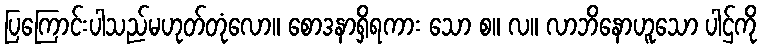
ပြကြောင်းပါသည်မဟုတ်တုံလော။ စောဒနာရှိရကား သော စ။ လ။ လာဘိနောဟူသော ပါဌ်ကို